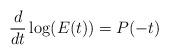
LaTeX: \begin{align*}\frac{d}{dt} \log(E(t)) = P(-t)\end{align*}